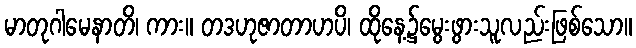
မာတုဂါမေနာတိ၊ ကား။ တဒဟုဇာတာဟပိ၊ ထိုနေ့၌မွေးဖွားသူလည်းဖြစ်သော။